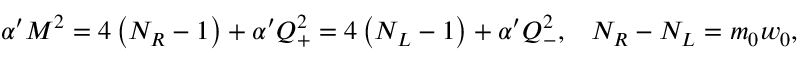
\begin{array} { c c } { { \alpha ^ { \prime } M ^ { 2 } = 4 \left( N _ { R } - 1 \right) + \alpha ^ { \prime } Q _ { + } ^ { 2 } = 4 \left( N _ { L } - 1 \right) + \alpha ^ { \prime } Q _ { - } ^ { 2 } , } } & { { N _ { R } - N _ { L } = m _ { 0 } w _ { 0 } , } } \end{array}